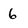
Character: 6